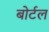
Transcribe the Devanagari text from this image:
बोर्टल